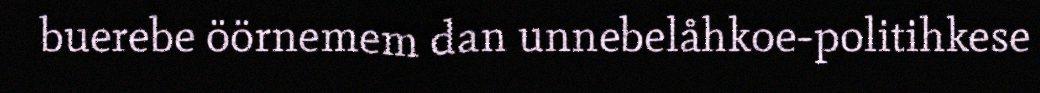
buerebe öörnemem dan unnebelåhkoe-politihkese